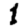
Digit: 1